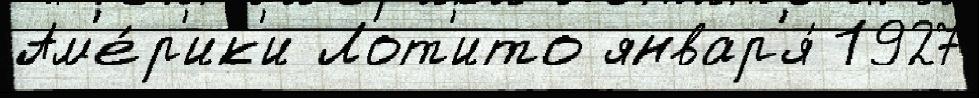
Ам'е́р'ик'и Лот'ито январ'я́ 1927